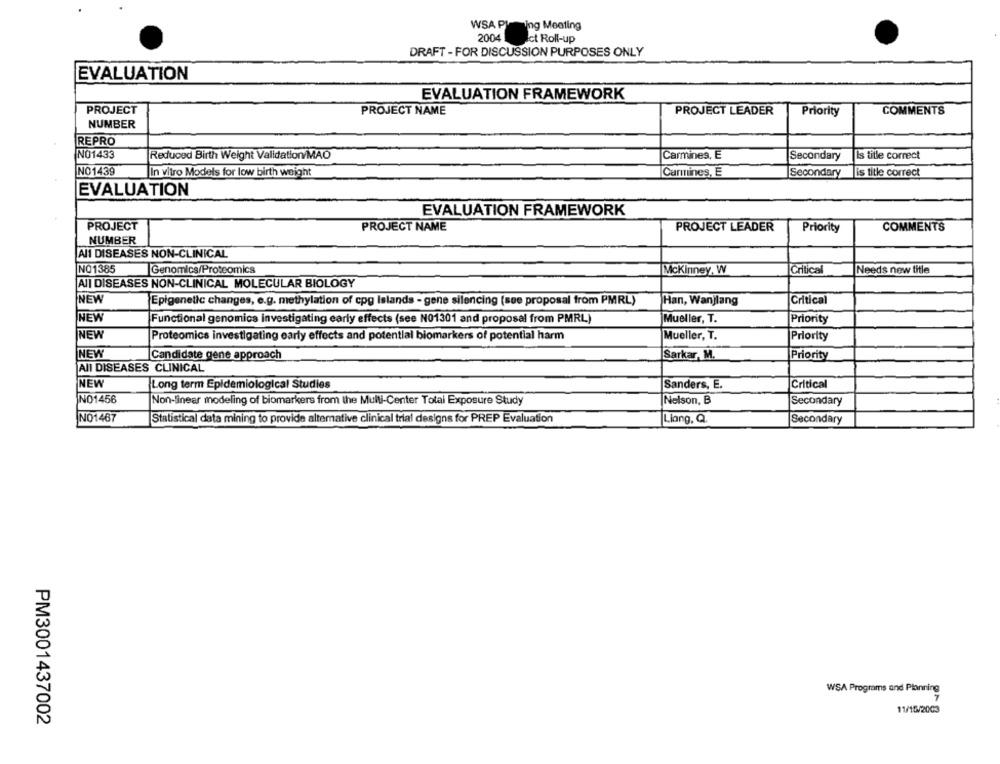
WSA PI
ning Meeting
2004
ct Roll-up
DRAFT - FOR DISCUSSION PURPOSES ONLY
EVALUATION
EVALUATION FRAMEWORK
PROJECT
PROJECT NAME
PROJECT LEADER
Priority
COMMENTS
NUMBER
REPRO
NO1433
Carmines, E
Is title correct
Reduced Birth Weight Validation MAO
Secondary
NO1439
In vitro Models for low birth weight
Carmines, E
Secondary
is title correct
EVALUATION
EVALUATION FRAMEWORK
PROJECT
PROJECT NAME
PROJECT LEADER
Priority
COMMENTS
NUMBER
Al1 DISEASES NON-CLINICAL
NO1385
Genomics/Proteomics
Mckinney, W
Critical
Needs new title
AII DISEASES NON-CLINICAL MOLECULAR BIOLOGY
NEW
Epigenetic changes, e.g. methylation of cpg Islands - gene silencing (see proposal from PMRL)
Han, Wanjlang
Critical
NEW
Functional genomics investigating early effects (see N01301 and proposal from PMRL)
Mueller, T.
Priority
NEW
Proteomics investigating early effects and potential biomarkers of potential harm
Mueller, T.
Priority
NEW
Candidate gene approach
Sarkar, M.
Priority
All DISEASES CLINICAL
NEW
Long term Epidemiological Studies
Sanders, E.
Critical
NO1456
Non-linear modeling of biomarkers from the Multi-Center Total Exposure Study
Nelson, B
Secondary
NO1467
Statistical data mining to provide altemative clinical trial designs for PREP Evaluation
Liang, Q.
Secondary
WSA Programs and Planning
7
11/15/2003
PM3001437002